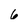
Character: 6